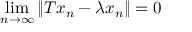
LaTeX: \operatorname* { l i m } _ { n \to \infty } \| T x _ { n } - \lambda x _ { n } \| = 0